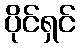
ပိုင်ရှင်